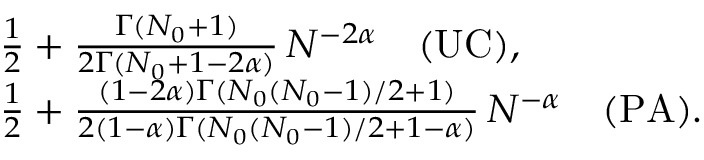
\begin{array} { r l } & { \frac { 1 } { 2 } + \frac { \Gamma ( N _ { 0 } + 1 ) } { 2 \Gamma ( N _ { 0 } + 1 - 2 \alpha ) } \, N ^ { - 2 \alpha } \quad \mathrm { ( U C ) } , } \\ & { \frac { 1 } { 2 } + \frac { ( 1 - 2 \alpha ) \Gamma ( N _ { 0 } ( N _ { 0 } - 1 ) / 2 + 1 ) } { 2 ( 1 - \alpha ) \Gamma ( N _ { 0 } ( N _ { 0 } - 1 ) / 2 + 1 - \alpha ) } \, N ^ { - \alpha } \quad \mathrm { ( P A ) } . } \end{array}